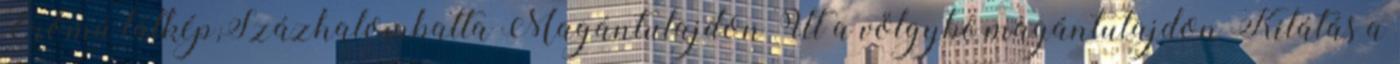
Erőmű látkép,Százhalombatta Magántulajdon Út a völgybe magántulajdon Kilátás a